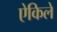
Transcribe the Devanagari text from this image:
ऐकिलें